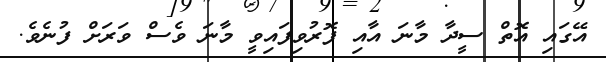
އޭގައި އޮތް ސީދާ މާނަ އާއި ފޮރުވިފައިވީ މާނަ ވެސް ވަރަށް ފުނެވެ.